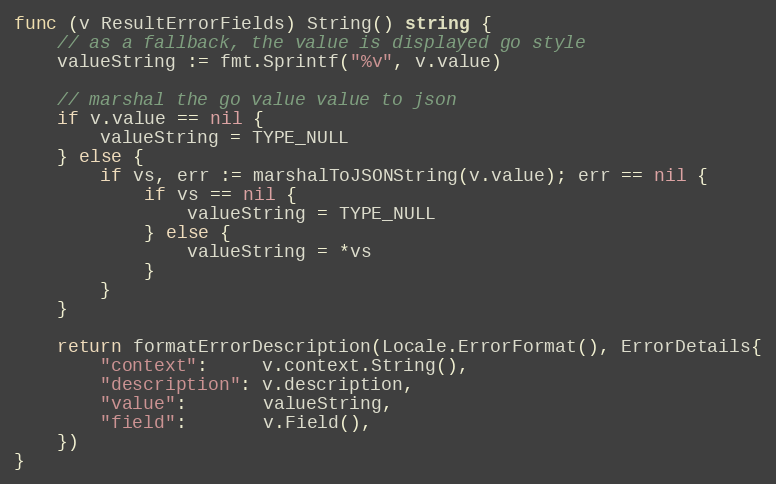
Language: Go
func (v ResultErrorFields) String() string {
	// as a fallback, the value is displayed go style
	valueString := fmt.Sprintf("%v", v.value)

	// marshal the go value value to json
	if v.value == nil {
		valueString = TYPE_NULL
	} else {
		if vs, err := marshalToJSONString(v.value); err == nil {
			if vs == nil {
				valueString = TYPE_NULL
			} else {
				valueString = *vs
			}
		}
	}

	return formatErrorDescription(Locale.ErrorFormat(), ErrorDetails{
		"context":     v.context.String(),
		"description": v.description,
		"value":       valueString,
		"field":       v.Field(),
	})
}